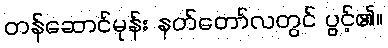
တန်ဆောင်မုန်း နတ်တော်လတွင် ပွင့်၏။